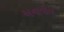
અનાવીલ